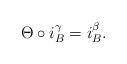
LaTeX: \begin{align*}\Theta\circ i_B^\gamma=i_B^\beta.\end{align*}